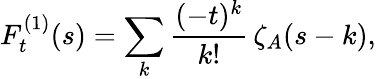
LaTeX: F_{t}^{(1)}(s)=\sum_{k}\frac{(-t)^{k}}{k!}\, \zeta_{A}(s-k),